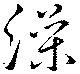
澡